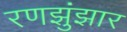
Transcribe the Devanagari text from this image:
रणझुंझार